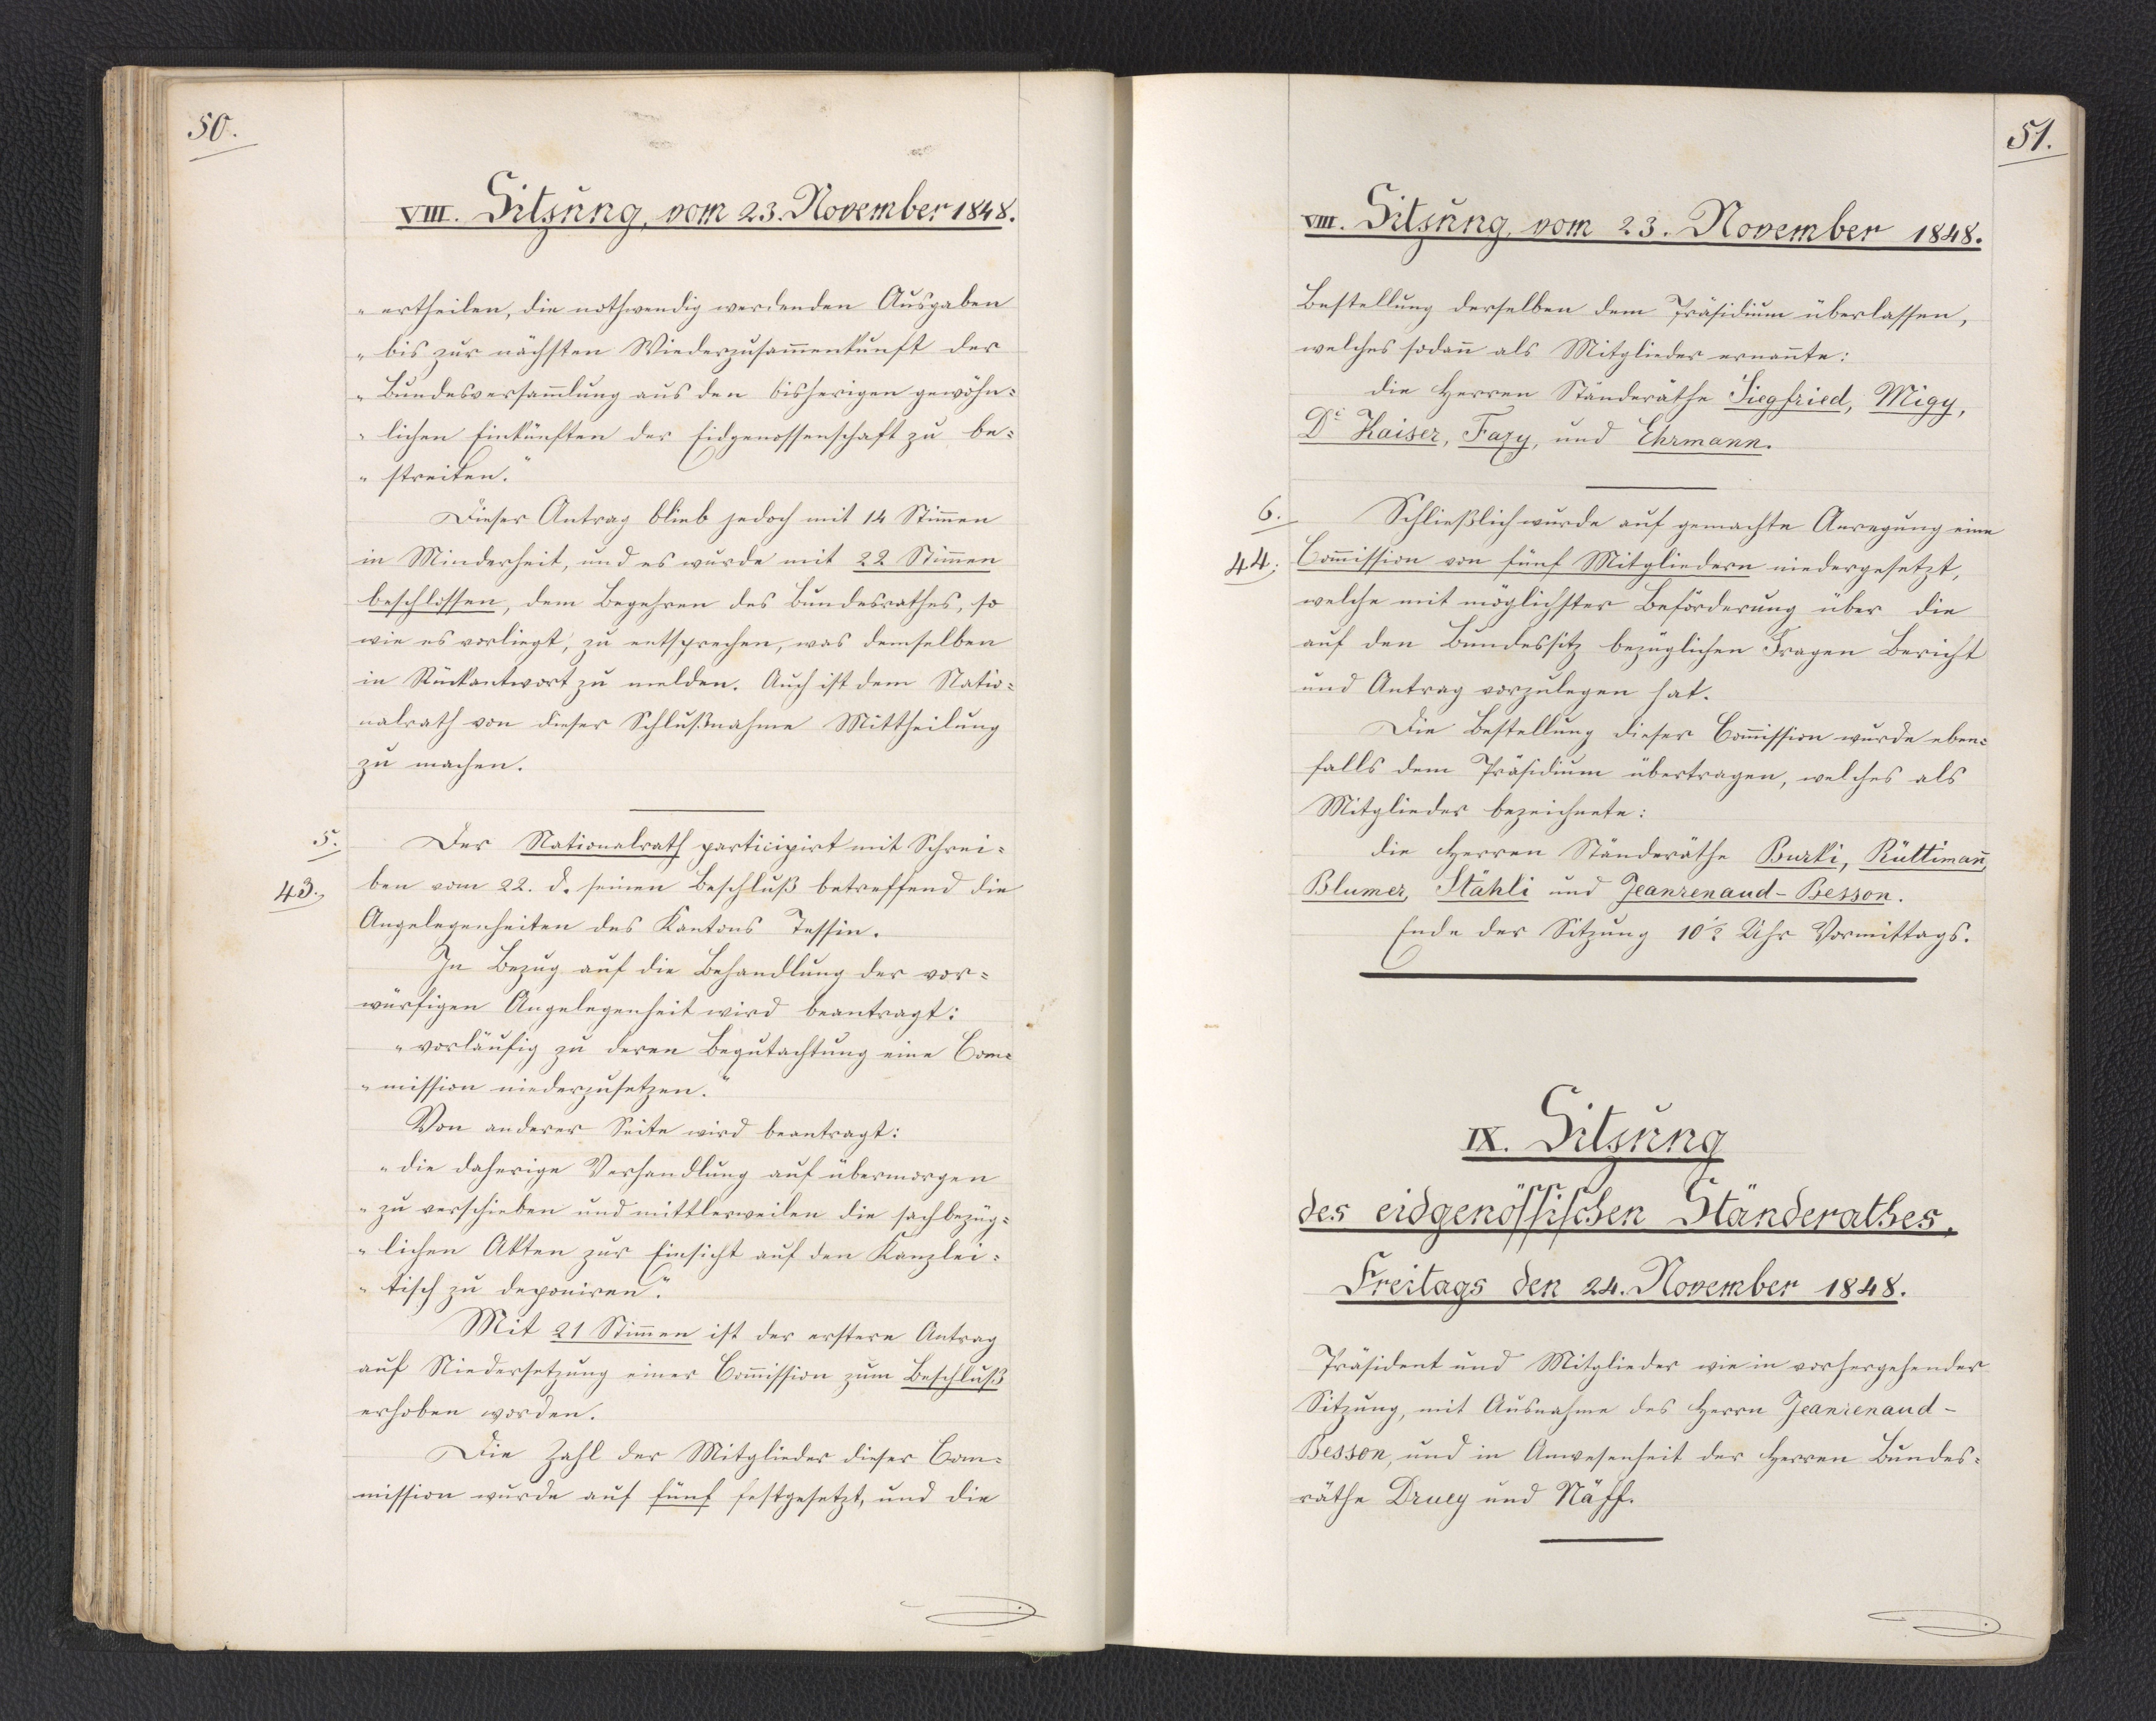
51.

IX. Sitzung
des eidgenössischen Ständerathes,
Freitags den 24. November 1848.

Präsident und Mitglieder wie in vorhergehender
Sitzung, mit Ausnahme des Herrn Jeanrenaud-
Besson, und in Anwesenheit der Herren Bundes¬
räthe Druey und Näff.